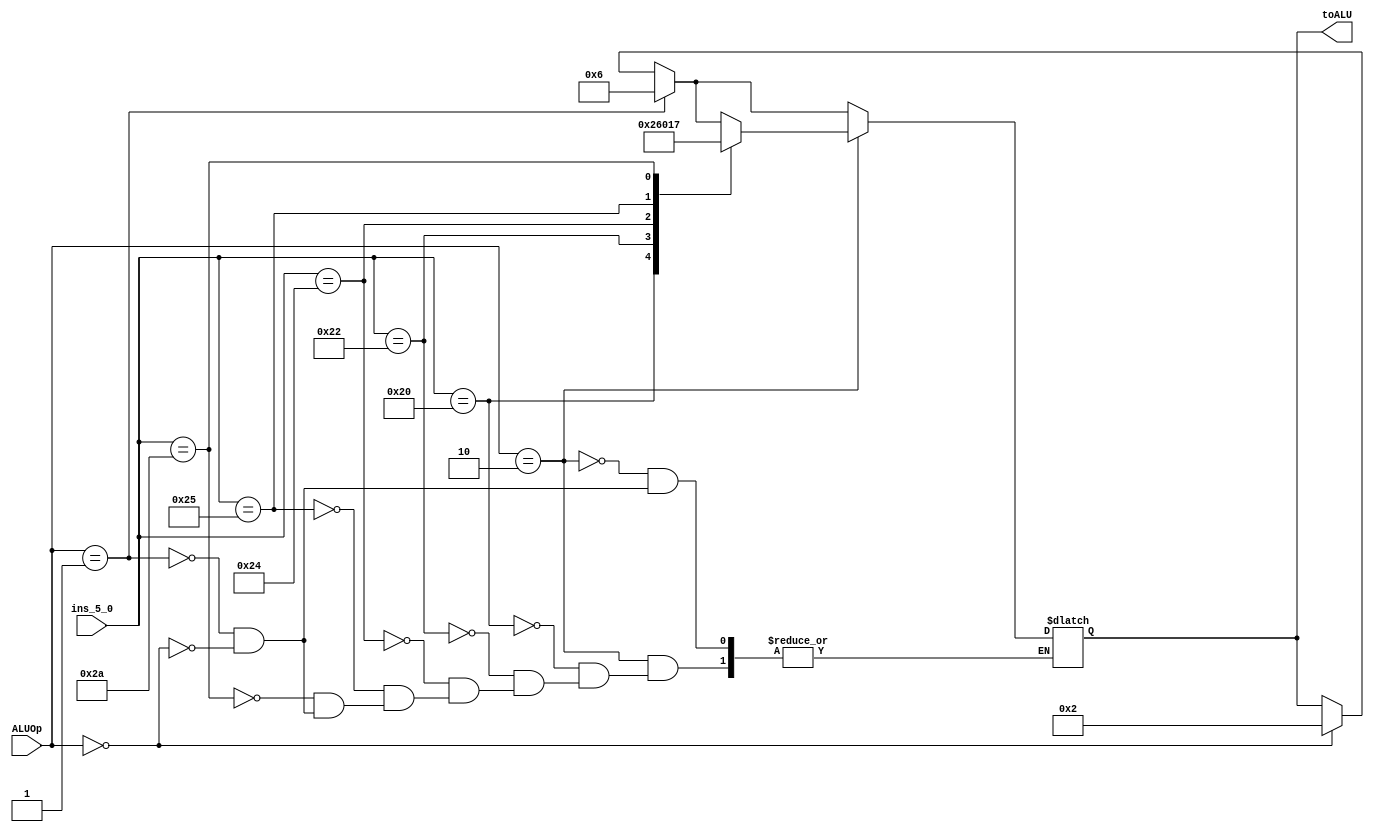
`timescale 1ns / 1ps
//////////////////////////////////////////////////////////////////////////////////
// Company: 
// Engineer: 
// 
// Design Name: 
// Module Name: ALU_control
// Project Name: 
// Target Devices: 
// Tool Versions: 
// Description: 
// 
// Dependencies: 
// 
// Revision:
// Revision 0.01 - File Created
// Additional Comments:
// 
//////////////////////////////////////////////////////////////////////////////////


module ALU_control(input [1:0] ALUOp,input [5:0] ins_5_0,output reg [3:0] toALU);
always@(ALUOp or ins_5_0)begin
if(ALUOp == 2'b00) begin toALU <= 4'b0010;end
if(ALUOp == 2'b01) begin toALU <= 4'b0110;end
if(ALUOp == 2'b10)begin
    case(ins_5_0)
    6'b100000: toALU <= 4'b0010;
    6'b100010: toALU <= 4'b0110;
    6'b100100: toALU <= 4'b0000;
    6'b100101: toALU <= 4'b0001;
    6'b101010: toALU <= 4'b0111;
    endcase
end
end
endmodule